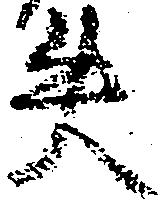
失